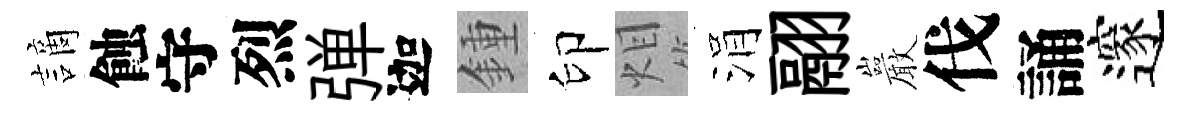
謫蝕守烈弹迦鍾印𤇆涓翮巖伐誦邃